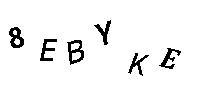
8EBYKE